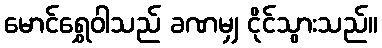
မောင်ရွှေဝါသည် ခဏမျှ ငိုင်သွားသည်။